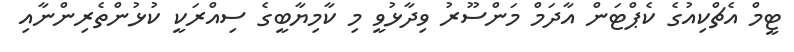
ޓީމް އެޗްކިއުގެ ކެޕްޓަން އާދަމް މަންސޫރު ވިދާޅުވީ މި ކާމިޔާބީގެ ސިއްރަކީ ކުޅުންތެރިންނާއި